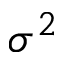
\sigma ^ { 2 }